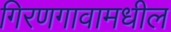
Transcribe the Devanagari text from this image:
गिरणगावामधील